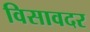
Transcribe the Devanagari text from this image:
विसावदर